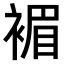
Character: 𧛰